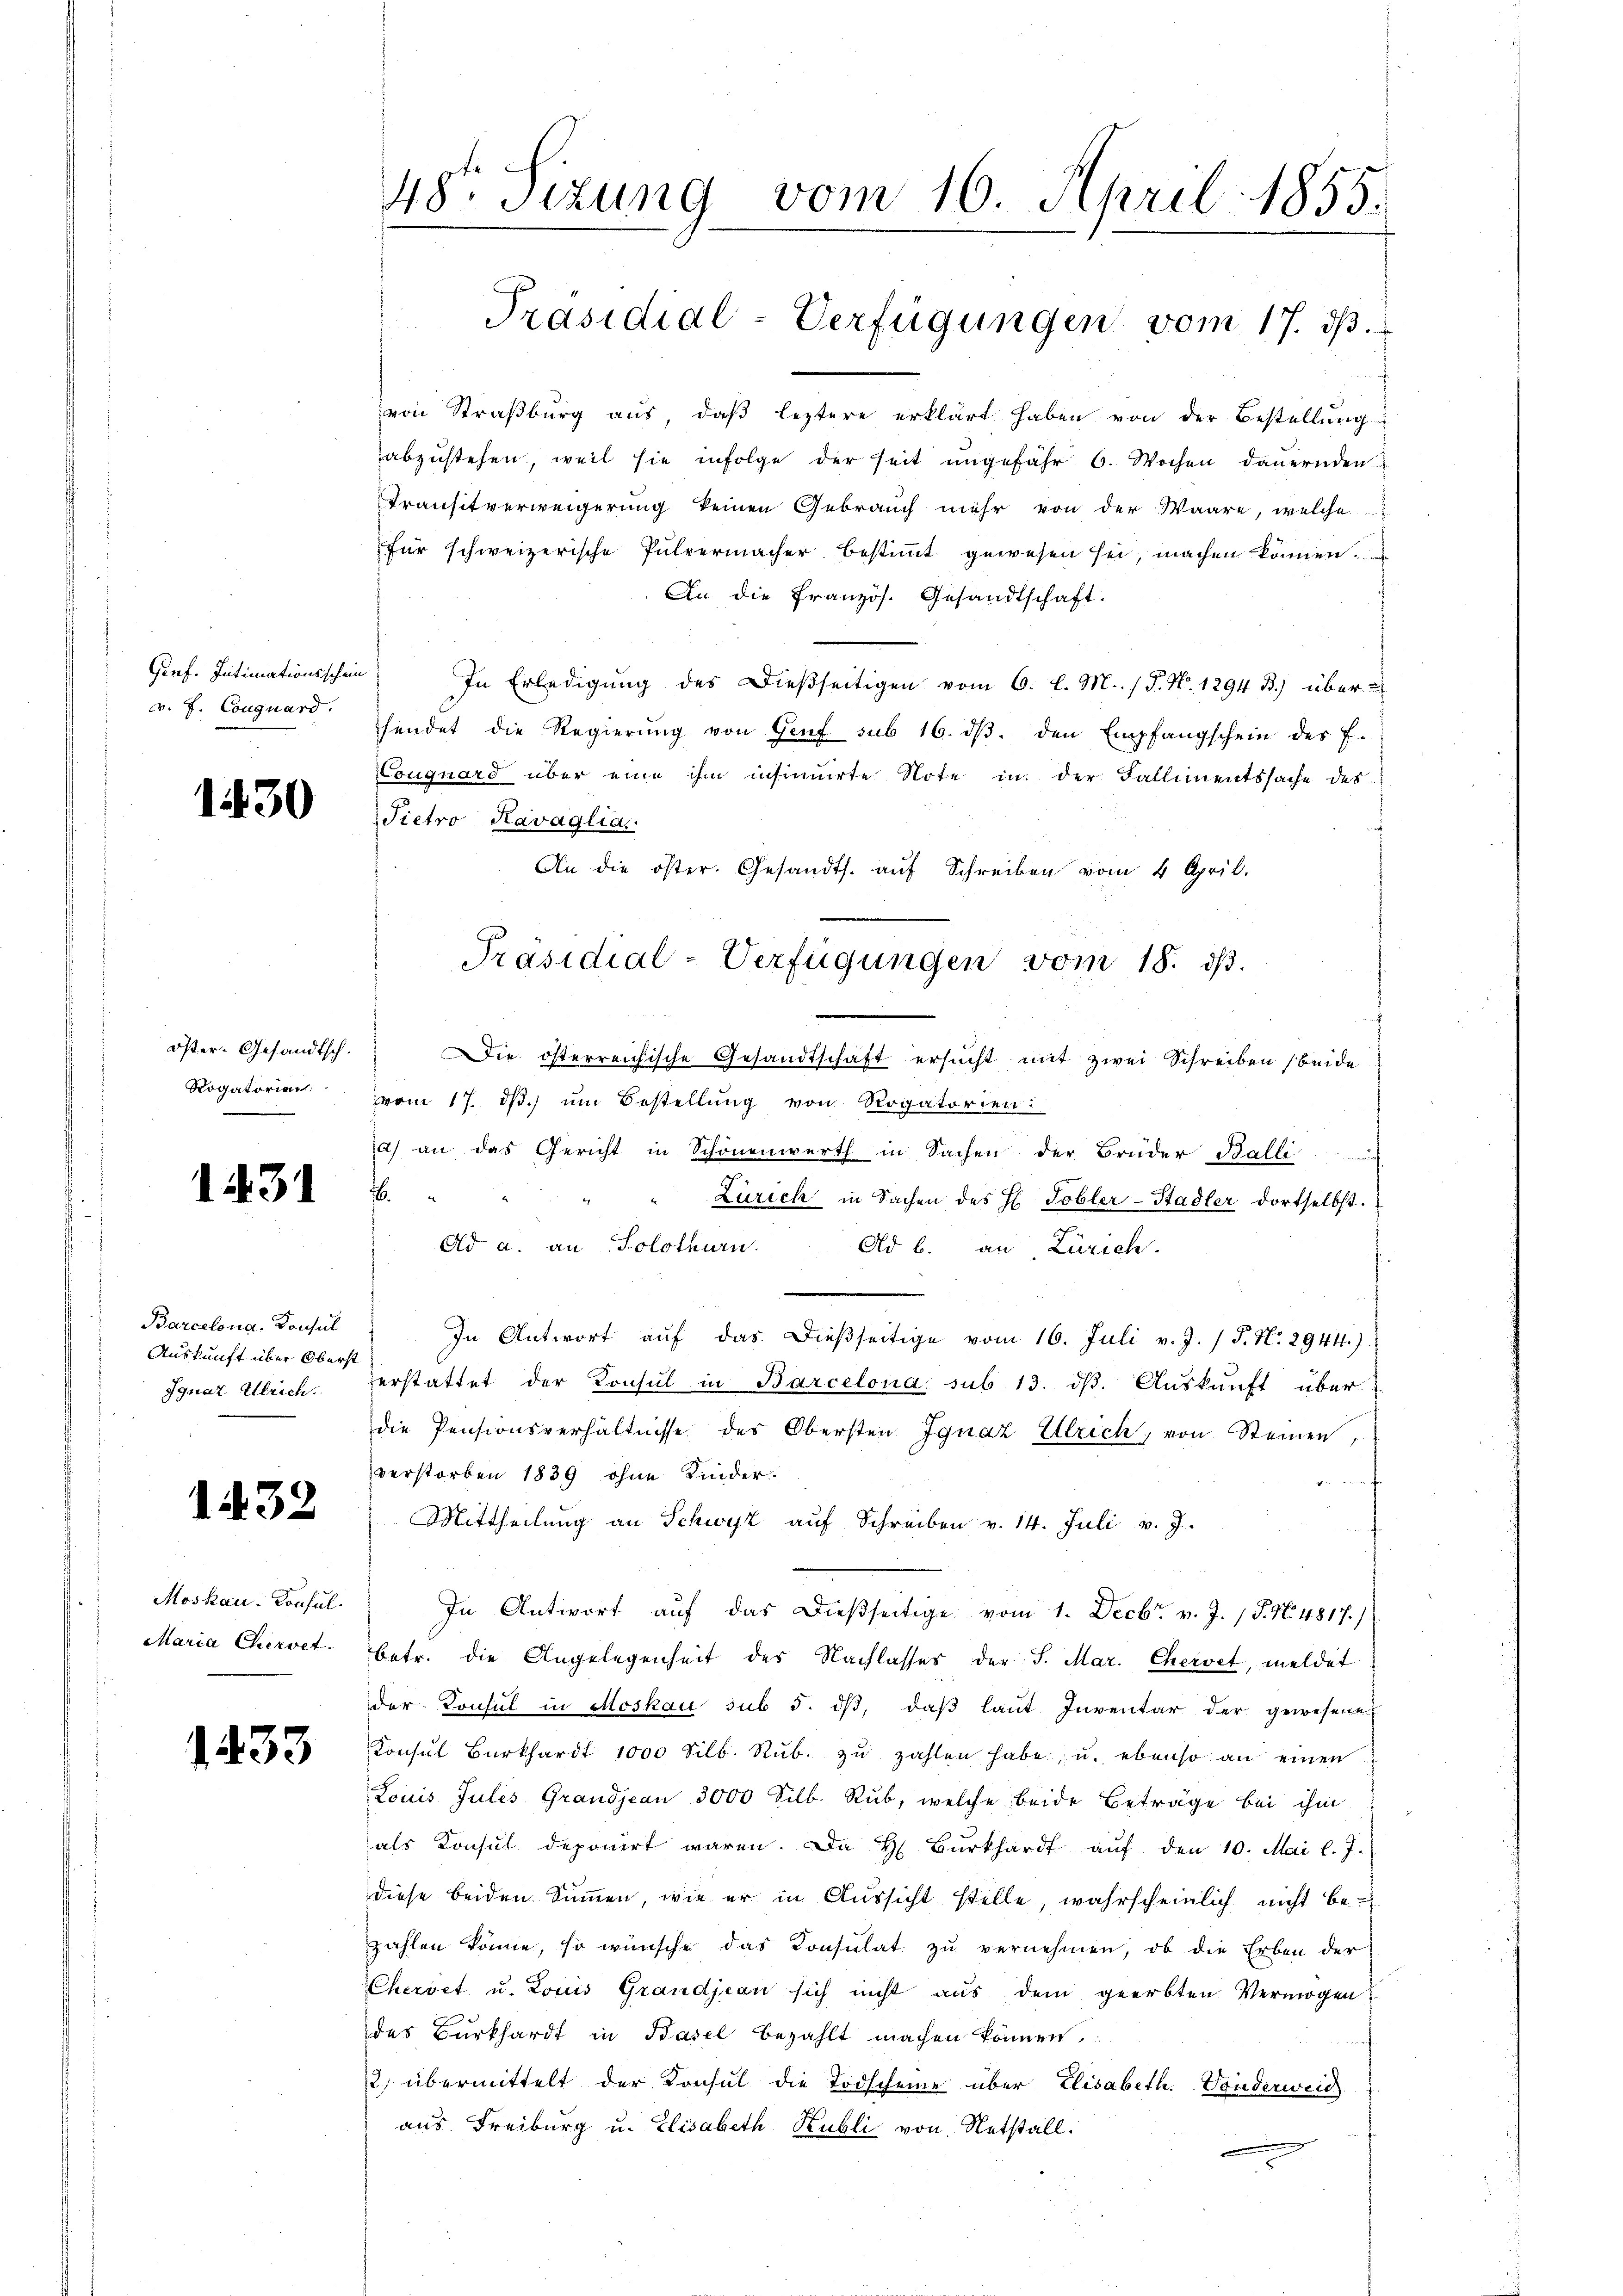
Gerf. Intimationsschein
v. J. Couguard.

1430

Öster-Gesandtsch.
Rogatorien:

1431

Barcelona. Konsul
Auskunft über Oberst
Ignaz Ullrich.

1432

Moskau Konful.
Maria Chervet.

1433

48. Sizung vom 16. April 1855.

von Straßburg aus, daβ leztere erklärt haben von der Bestellung
abzustehen, weil sie infolge der seit ungefähr 6. Wochen dauernden
Transitverweigerung keinen Gebrauch mehr von der Waare, welche
für schweizerische Pulvermacher bestimmt gewesen sei, machen können.
An die Französ. Gesandtschaft.
In Erledigung des Dießseitigen vom 6. l. M. / P. Nr. 1294 B.) über u
hendet die Regierŭng von Genf sub 16. dβ. den Empfangschein des F.
Louguard über eine ihm insinuirte Note in der Fallimentssache des
Pietro Ravaglia,
An die öster. Gesandts. auf Schreiben vom 4. April.
Die österreichische Gesandtschaft ersucht mit zwei Schreiben beide
vom 17. dβ. um Bestellung von Rogatorien:
a) an das Gericht in Schönenwerth in Sachen der Brüder Balli
f
Zürich in Sachen des H. Tobler-Stadler dortselbst.
.
Ad a. an Solothurn.
Ad b. an Zürich.
In Antwort auf das dießseitige vom 16. Juli v. J. / P. Nr. 2944.)
erstattet der Konsul in Barcelona, sub 13. ds. Auskunft über
die Pensionsverhältnisse des Obersten Ignaz Ullrich, von Steinen,
verstorben 1839 ohne Kinder.
Mittheilung an Schwyz auf Schreiben v. 14. Juli v. J.
In Antwort aŭf das dießseitige vom 1. Decbr. v. J. P. N. 4817)
betr. die Angelegenheit des Nachlasses der S. Mar. Chervet, meldet
der Konsul in Moskau sub 5. dβ, daβ laŭt Inventar der gewesene
Konsŭl Burkhardt 1000 Silb. Rŭb. zŭ zahlen habe, u. ebenso an einen
Louis Julis Grandjean 3000 Silb. Rub, welche beide Beträge bei ihm
als Konsul deponirt waren. Da H Burkhard aŭf den 10. Mai l. J.
diese beiden Summen, wie er in Aussicht stelle, wahrscheinlich nicht be-
zahlen könne, so wünsche das Konsulat zu vernehmen, ob die Erben der
Cherdet u. Louis Grandjean sich nicht aus dem geerbten Vermögen
des Burkhardt in Basel bezahlt machen können,
2) übermittelt der Konsul die Todscheine über Elisabeth. Vonderweid
aus. Freiburg u. Elisabeth Kubli von Netstall.

Präsidial-Verfügungen vom 17. ds.

Präsidial-Verfügungen vom 18. ds.